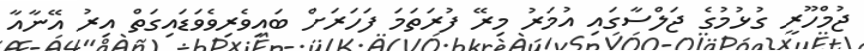
ޖުމްހޫރީ ގުޅުމުގެ ޖަލްސާގައި އުމަރު މިރޭ ފުރަތަމަ ފަހަރަށް ބައިވެރިވެވަޑައިގަތް އިރު އޭނާއާ